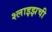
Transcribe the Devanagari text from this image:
श्लाइझची